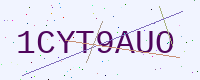
Text: 1CYT9AUO